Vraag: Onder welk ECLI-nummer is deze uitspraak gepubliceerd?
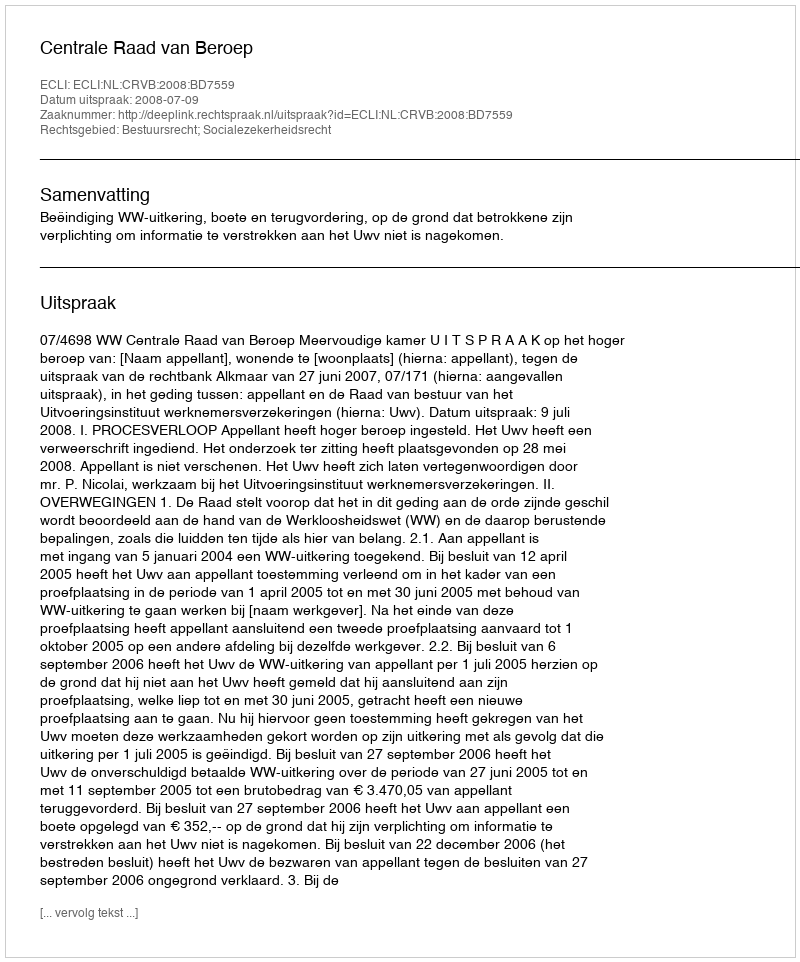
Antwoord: ECLI:NL:CRVB:2008:BD7559